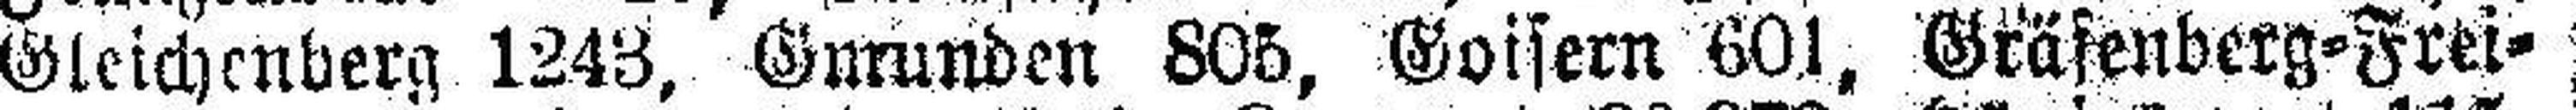
Gleichenberg 1243, Gmunden 805, Goisern 601, Gräfenberg=Frei¬